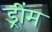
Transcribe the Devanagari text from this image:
ड्रींम